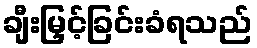
ချီးမြှင့်ခြင်းခံရသည်